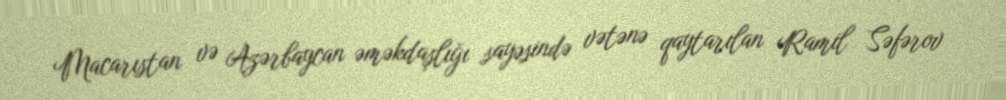
Macarıstan və Azərbaycan əməkdaşlığı sayəsində vətənə qaytarılan Ramil Səfərov